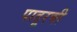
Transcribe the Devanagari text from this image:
पातूरची